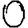
Digit: 0